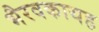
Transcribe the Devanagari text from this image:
भैरवकायह